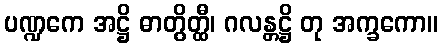
ပဏ္ဍကေ အဋ္ဌိ ဓာတွိတ္ထီ၊ ဂလန္တဋ္ဌိ တု အက္ခကော။